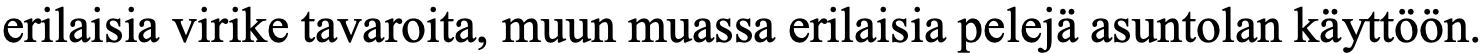
erilaisia virike tavaroita, muun muassa erilaisia pelejä asuntolan käyttöön.